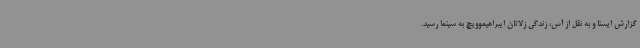
گزارش ایسنا و به نقل از آس، زندگی زلاتان ایبراهیموویچ به سینما رسید.